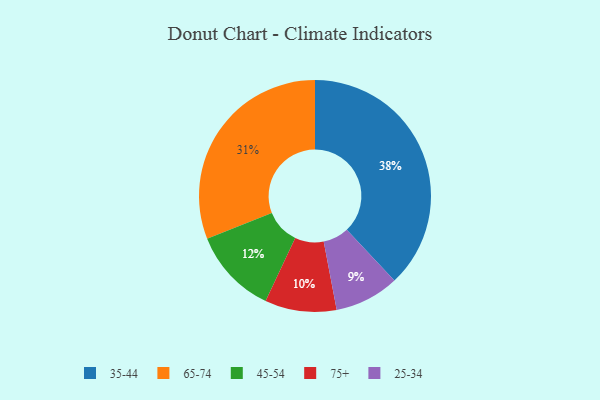
{"axis": {"x": "Category", "y": "Percentage"}, "legend": ["25-34", "35-44", "45-54", "65-74", "75+"], "data": [{"x": "45-54", "y": 12, "type": "45-54"}, {"x": "65-74", "y": 31, "type": "65-74"}, {"x": "35-44", "y": 38, "type": "35-44"}, {"x": "25-34", "y": 9, "type": "25-34"}, {"x": "75+", "y": 10, "type": "75+"}]}